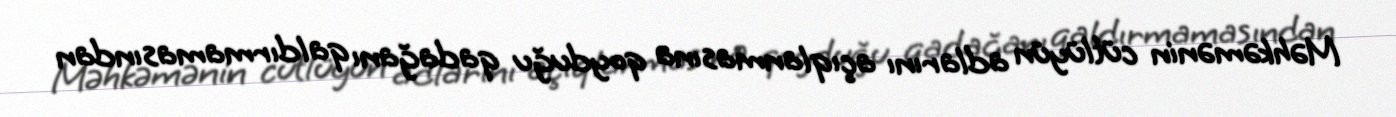
Məhkəmənin cütlüyün adlarını açıqlanmasına qoyduğu qadağanı qaldırmamasından